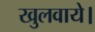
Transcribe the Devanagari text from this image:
खुलवाये।